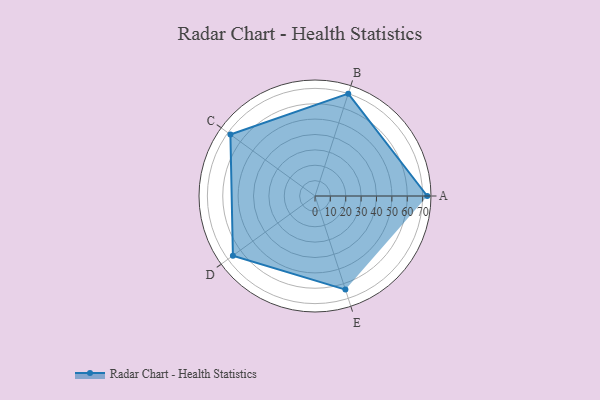
{"axis": {"x": "Skill", "y": "Score"}, "legend": ["Profile"], "data": [{"x": "A", "y": 73.0, "type": "Profile"}, {"x": "B", "y": 70.0, "type": "Profile"}, {"x": "C", "y": 68.0, "type": "Profile"}, {"x": "D", "y": 66.0, "type": "Profile"}, {"x": "E", "y": 64.0, "type": "Profile"}]}